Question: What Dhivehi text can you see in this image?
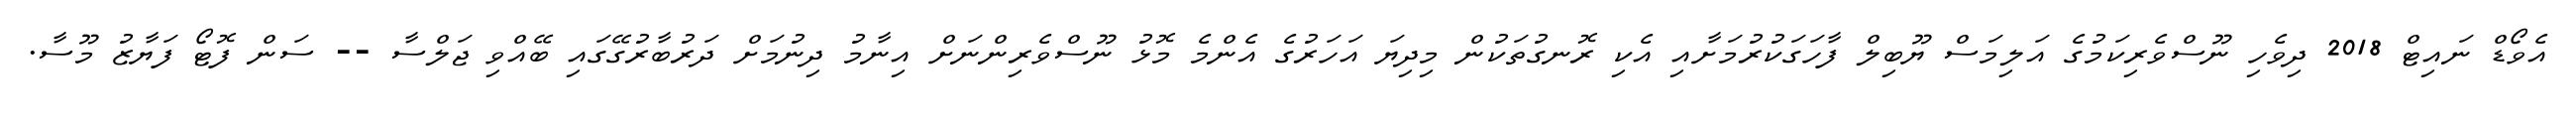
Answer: އެވޯޑް ނައިޓް 2018 ދިވެހި ނޫސްވެރިކަމުގެ އަލިމަސް ޔޫބިލް ފާހަގަކުރުމަށާއި އެކި ރޮނގުތަކުން މިދިޔަ އަހަރުގެ އެންމެ މޮޅު ނޫސްވެރިންނަށް އިނާމު ދިނުމަށް ދަރުބާރުގޭގައި ބޭއްވި ޖަލްސާ -- ސަން ފޮޓޯ ފަޔާޒު މޫސާ.